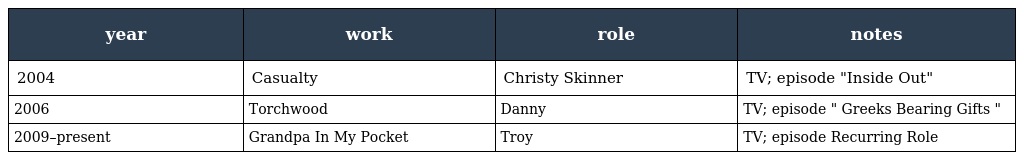
| year | work | role | notes |
 | --- | --- | --- | --- |
 | 2004 | Casualty | Christy Skinner | TV; episode "Inside Out" |
 | 2006 | Torchwood | Danny | TV; episode " Greeks Bearing Gifts " |
 | 2009–present | Grandpa In My Pocket | Troy | TV; episode Recurring Role |